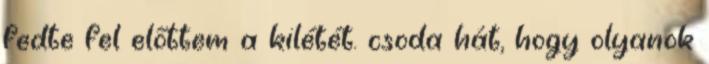
fedte fel előttem a kilétét. csoda hát, hogy olyanok